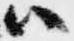
い